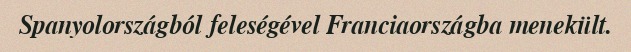
Spanyolországból feleségével Franciaországba menekült.